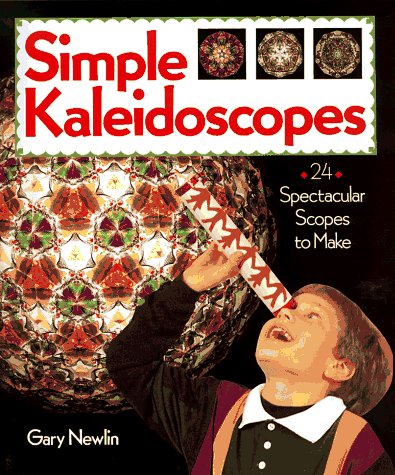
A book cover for Simple Kaleidoscopes: 24 Spectacular Scopes to Make; Gary Newlin; Teen & Young Adult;